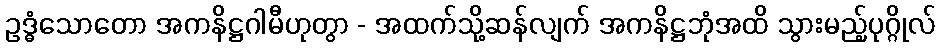
ဥဒ္ဓံသောတော အကနိဋ္ဌဂါမီဟုတွာ - အထက်သို့ဆန်လျက် အကနိဋ္ဌဘုံအထိ သွားမည့်ပုဂ္ဂိုလ်